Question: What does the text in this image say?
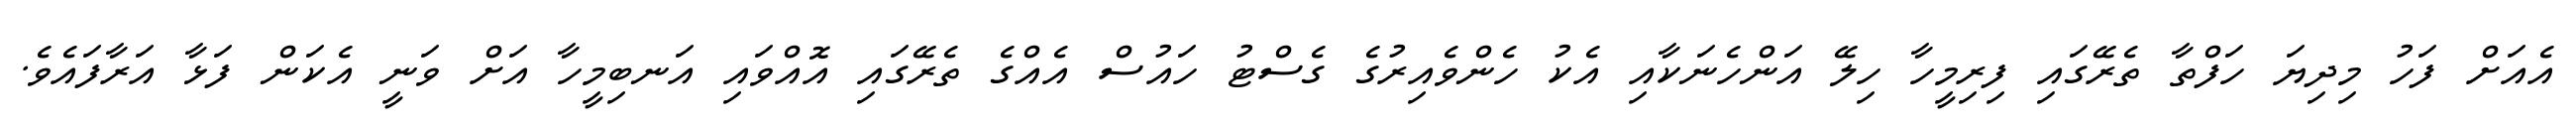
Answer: އެއަށް ފަހު މިދިޔަ ހަފްތާ ތެރޭގައި ފިރިމީހާ ހިލޭ އަންހެނަކާއި އެކު ހެންވެއިރުގެ ގެސްޓު ހައުސް އެއްގެ ތެރޭގައި އޮއްވައި އަނބިމީހާ އަށް ވަނީ އެކަން ފަޅާ އަރާފައެވެ.